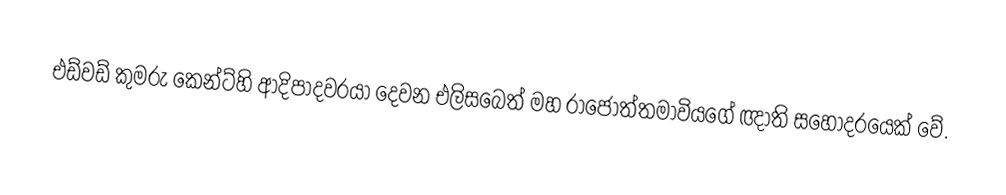
එඩ්වඩ් කුමරු කෙන්ට්හි ආදිපාදවරයා දෙවන එලිසබෙත් මහ රාජෝත්තමාවියගේ ඥාති සහෝදරයෙක් වේ.